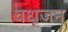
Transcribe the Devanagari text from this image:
वधूजन